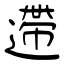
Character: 遰